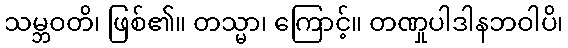
သမ္ဘဝတိ၊ ဖြစ်၏။ တသ္မာ၊ ကြောင့်။ တဏှုပါဒါနဘဝါပိ၊